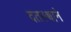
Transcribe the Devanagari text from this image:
दतस्थाने